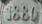
1880